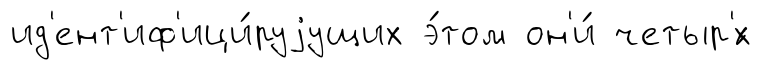
ид'ент'иф'ици́руjущих э́том он'и́ четыр'́х